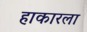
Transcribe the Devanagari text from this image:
हाकारला